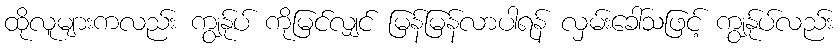
ထိုလူများကလည်း ကျွန်ုပ် ကိုမြင်လျှင် မြန်မြန်လာပါရန် လှမ်းခေါ်သဖြင့် ကျွန်ုပ်လည်း